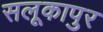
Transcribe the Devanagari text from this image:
सलूकापुर